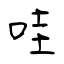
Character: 哇